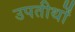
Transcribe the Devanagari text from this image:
उपतीर्थों